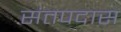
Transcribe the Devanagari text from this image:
संतपदास